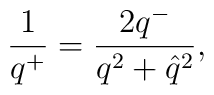
\frac{1}{q^+}=\frac{2q^-}{q^2+\hat{q}^2},